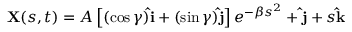
\mathbf { X } ( s , t ) = A \left[ ( \cos \gamma ) \mathbf { \hat { i } } + ( \sin \gamma ) \mathbf { \hat { j } } \right] e ^ { - \beta s ^ { 2 } } + \mathbf { \hat { j } } + s \mathbf { \hat { k } }